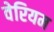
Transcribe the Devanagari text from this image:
वेरियम